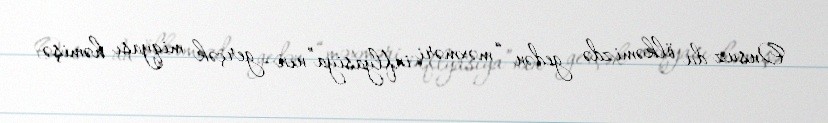
Onsuz da ölkəmizdə gedən “məxməri inflyasiya”nın gerçək miqyası həmişə